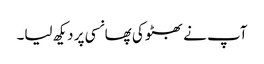
آپ نے بھٹو کی پھانسی پر دیکھ لیا۔